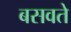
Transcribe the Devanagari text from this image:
बसवते